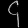
Digit: ၄